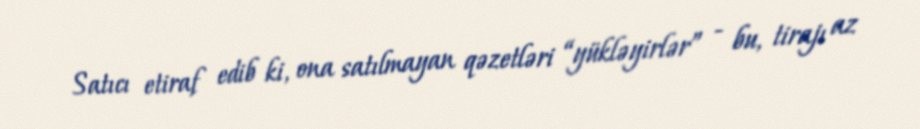
Satıcı etiraf edib ki, ona satılmayan qəzetləri “yükləyirlər” - bu, tirajı az